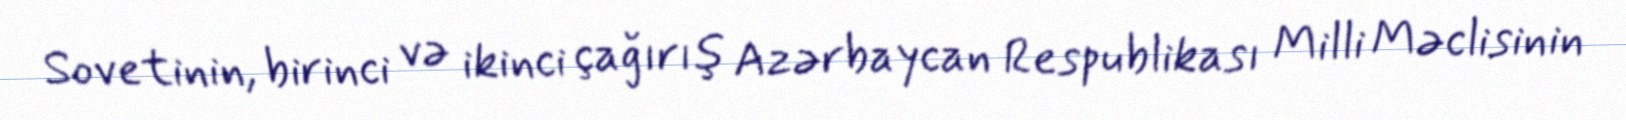
Sovetinin, birinci və ikinci çağırış Azərbaycan Respublikası Milli Məclisinin